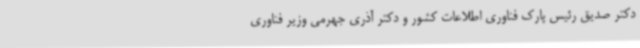
دکتر صدیق رئیس پارک فناوری اطلاعات کشور و دکتر آذری جهرمی وزیر فناوری